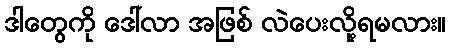
ဒါတွေကို ဒေါ်လာ အဖြစ် လဲပေးလို့ရမလား။